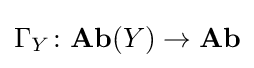
\Gamma _{Y}\colon \mathbf {Ab} (Y)\to \mathbf {Ab}